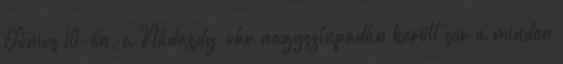
Június 10-én, a Nádasdy-vár nagyszínpadán került sor a minden